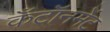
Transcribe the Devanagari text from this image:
कँटॉनमेंट